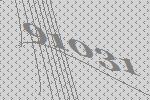
91031